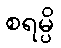
စရမ္ပိ